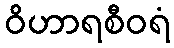
ဝိဟာရစီဝရံ